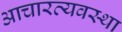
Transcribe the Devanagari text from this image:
आचारव्यवस्था